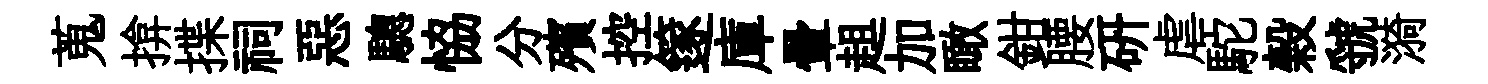
蒐揜揲祠惡驄恊分殯控篴庫暈趄加瞰鉗腰研虐駝榖虢漪